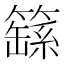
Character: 𮆚